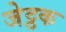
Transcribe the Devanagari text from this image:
जेट्ठक